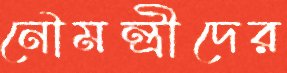
নৌমন্ত্রীদের